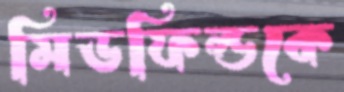
মিডফিল্ডকে